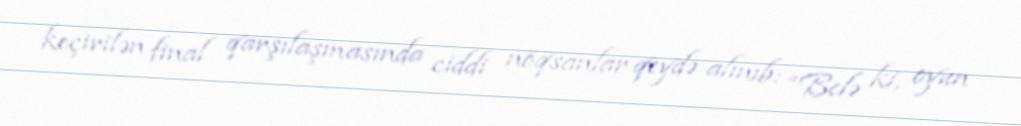
keçirilən final qarşılaşmasında ciddi nöqsanlar qeydə alınıb: “Belə ki, oyun